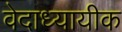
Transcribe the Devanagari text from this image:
वेदाध्यायीक